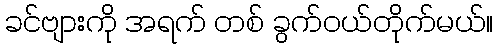
ခင်ဗျားကို အရက် တစ် ခွက်ဝယ်တိုက်မယ်။